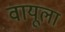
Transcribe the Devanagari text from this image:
वायूला